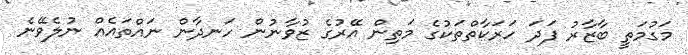
މަގުމަތީ ބާޒާރު ފަދަ ހަރަކާތްތަކުގެ މަތިން އޭރުގެ ޒުވާނުން ހަނދާން ނައްތައެއް ނުލެވޭނެ